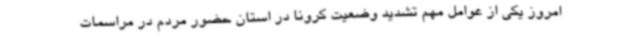
امروز یکی از عوامل مهم تشدید وضعیت کرونا در استان حضور مردم در مراسمات